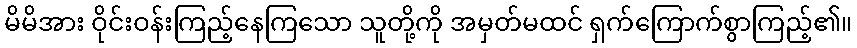
မိမိအား ဝိုင်းဝန်းကြည့်နေကြသော သူတို့ကို အမှတ်မထင် ရှက်ကြောက်စွာကြည့်၏။